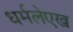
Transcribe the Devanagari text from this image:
धर्मलेएख